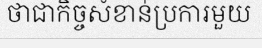
ថាជាកិច្ចសំខាន់ប្រការមួយ